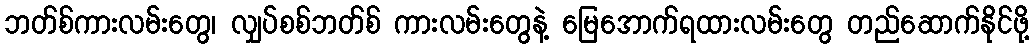
ဘတ်စ်ကားလမ်းတွေ၊ လျှပ်စစ်ဘတ်စ် ကားလမ်းတွေနဲ့ မြေအောက်ရထားလမ်းတွေ တည်ဆောက်နိုင်ဖို့